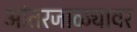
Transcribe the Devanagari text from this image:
आंतरजाळ्यावर